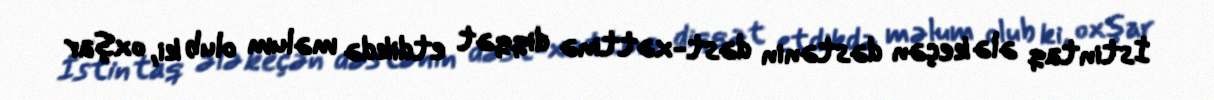
İstintaq ələ keçən dəstənin dəst-xəttinə diqqət etdikdə məlum olub ki, oxşar